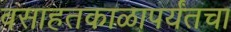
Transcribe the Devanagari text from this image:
वसाहतकाळापर्यंतचा